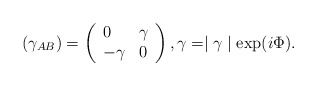
\begin{align*}{\large (}\gamma _{AB}{\large )}=\left( \begin{array}{ll}0 & \gamma \\ -\gamma & 0\end{array}\right) ,\gamma =\mid \gamma \mid \exp (i\Phi ). \end{align*}